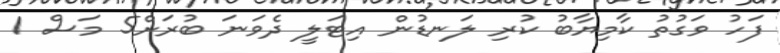
ފަހު ވަގުތު ކާމިޔާބު ކުރި ލަނޑުން އިޓަލީ ދެވަނަ ބުރަށް5 މަސް 1